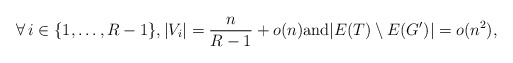
\begin{align*} \forall\, i \in \{1,\ldots, R-1\} , |V_i|=\frac n{R-1}+o(n) \mbox{and} |E(T)\setminus E(G')|=o(n^2),\end{align*}